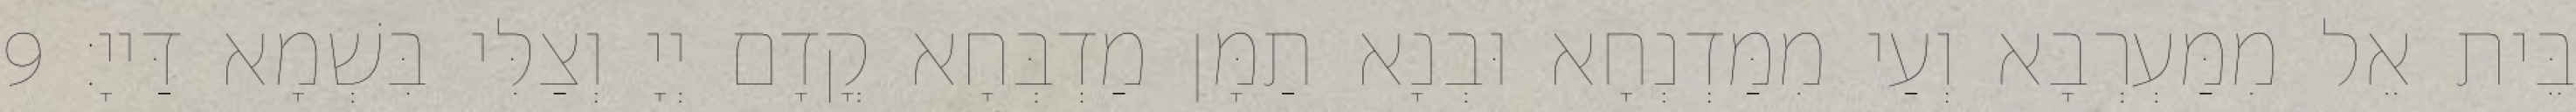
בֵּית אֵל מִמַּעְרְבָא וְעַי מִמַּדְנְחָא וּבְנָא תַמָּן מַדְבְּחָא קֳדָם יְיָ וְצַלִּי בִּשְׁמָא דַּייָ׃ 9